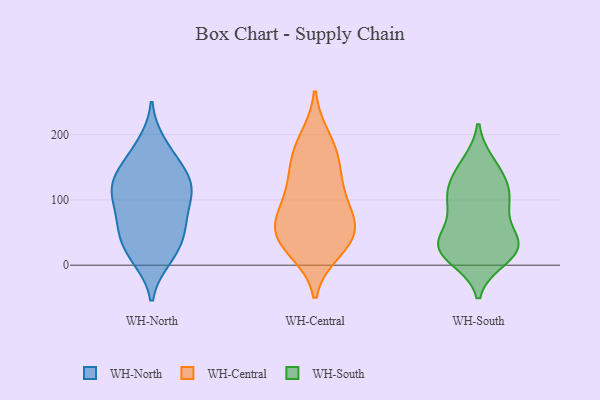
{"axis": {"x": "Revenue (USD Million)", "y": "Value"}, "legend": ["WH-Central", "WH-North", "WH-South"], "data": [{"x": "", "y": 108, "type": "WH-North"}, {"x": "", "y": 49, "type": "WH-North"}, {"x": "", "y": 23, "type": "WH-North"}, {"x": "", "y": 186, "type": "WH-North"}, {"x": "", "y": 138, "type": "WH-North"}, {"x": "", "y": 103, "type": "WH-North"}, {"x": "", "y": 108, "type": "WH-North"}, {"x": "", "y": 10, "type": "WH-North"}, {"x": "", "y": 149, "type": "WH-North"}, {"x": "", "y": 83, "type": "WH-North"}, {"x": "", "y": 64, "type": "WH-North"}, {"x": "", "y": 126, "type": "WH-North"}, {"x": "", "y": 117, "type": "WH-North"}, {"x": "", "y": 12, "type": "WH-North"}, {"x": "", "y": 138, "type": "WH-North"}, {"x": "", "y": 174, "type": "WH-North"}, {"x": "", "y": 51, "type": "WH-North"}, {"x": "", "y": 52, "type": "WH-North"}, {"x": "", "y": 192, "type": "WH-Central"}, {"x": "", "y": 85, "type": "WH-Central"}, {"x": "", "y": 54, "type": "WH-Central"}, {"x": "", "y": 76, "type": "WH-Central"}, {"x": "", "y": 24, "type": "WH-Central"}, {"x": "", "y": 36, "type": "WH-Central"}, {"x": "", "y": 174, "type": "WH-Central"}, {"x": "", "y": 48, "type": "WH-Central"}, {"x": "", "y": 44, "type": "WH-Central"}, {"x": "", "y": 109, "type": "WH-Central"}, {"x": "", "y": 156, "type": "WH-Central"}, {"x": "", "y": 131, "type": "WH-Central"}, {"x": "", "y": 131, "type": "WH-South"}, {"x": "", "y": 155, "type": "WH-South"}, {"x": "", "y": 28, "type": "WH-South"}, {"x": "", "y": 32, "type": "WH-South"}, {"x": "", "y": 24, "type": "WH-South"}, {"x": "", "y": 150, "type": "WH-South"}, {"x": "", "y": 91, "type": "WH-South"}, {"x": "", "y": 18, "type": "WH-South"}, {"x": "", "y": 43, "type": "WH-South"}, {"x": "", "y": 38, "type": "WH-South"}, {"x": "", "y": 102, "type": "WH-South"}, {"x": "", "y": 81, "type": "WH-South"}, {"x": "", "y": 111, "type": "WH-South"}, {"x": "", "y": 112, "type": "WH-South"}, {"x": "", "y": 27, "type": "WH-South"}, {"x": "", "y": 10, "type": "WH-South"}]}